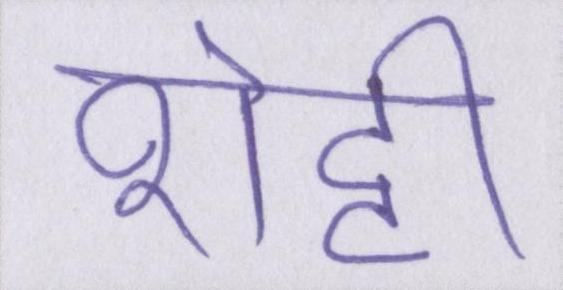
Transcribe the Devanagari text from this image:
शेट्टी